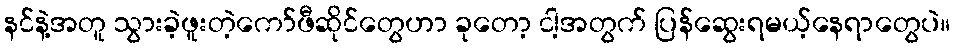
နင်နဲ့အတူ သွားခဲ့ဖူးတဲ့ကော်ဖီဆိုင်တွေဟာ ခုတော့ ငါ့အတွက် ပြန်ဆွေးရမယ့်နေရာတွေပဲ။